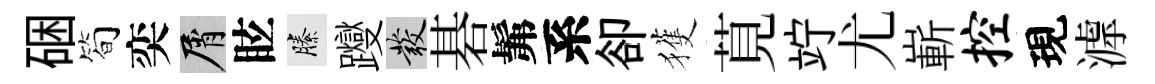
硱简奕屑眩縢躞發碁髴系卻獲莧竚尤嶄控現滹